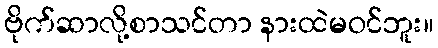
ဗိုက်ဆာလို့စာသင်တာ နားထဲမဝင်ဘူး။